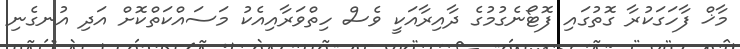
މާޚް ފާހަގަކުރާ ގޮތުގައި ފޮޓޯނެގުމުގެ ދާއިރާއަކީ ވެސް ހިތްވަރާއިއެކު މަސައްކަތްކޮށް އަދި އުނގެނި